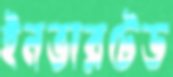
ইনভারটেড